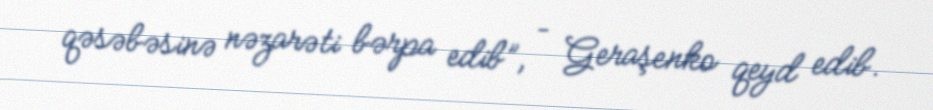
qəsəbəsinə nəzarəti bərpa edib”, – Geraşenko qeyd edib.